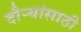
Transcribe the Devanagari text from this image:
दौर्‍यांसाठी